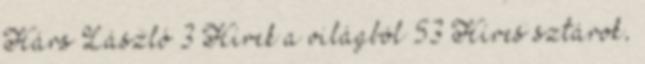
Hárs László 3 Hírek a világból 53 Híres sztárok,